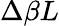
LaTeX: \Delta\beta L